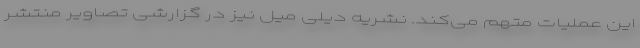
این عملیات متهم می‌کند. نشریه دیلی میل نیز در گزارشی تصاویر منتشر